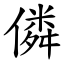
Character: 僯